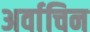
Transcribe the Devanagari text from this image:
अर्वाचिन